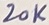
Text: 20K